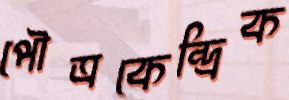
পৌত্রকেন্দ্রিক